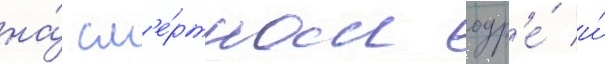
на́ см'е́ртном одр'е́ и́